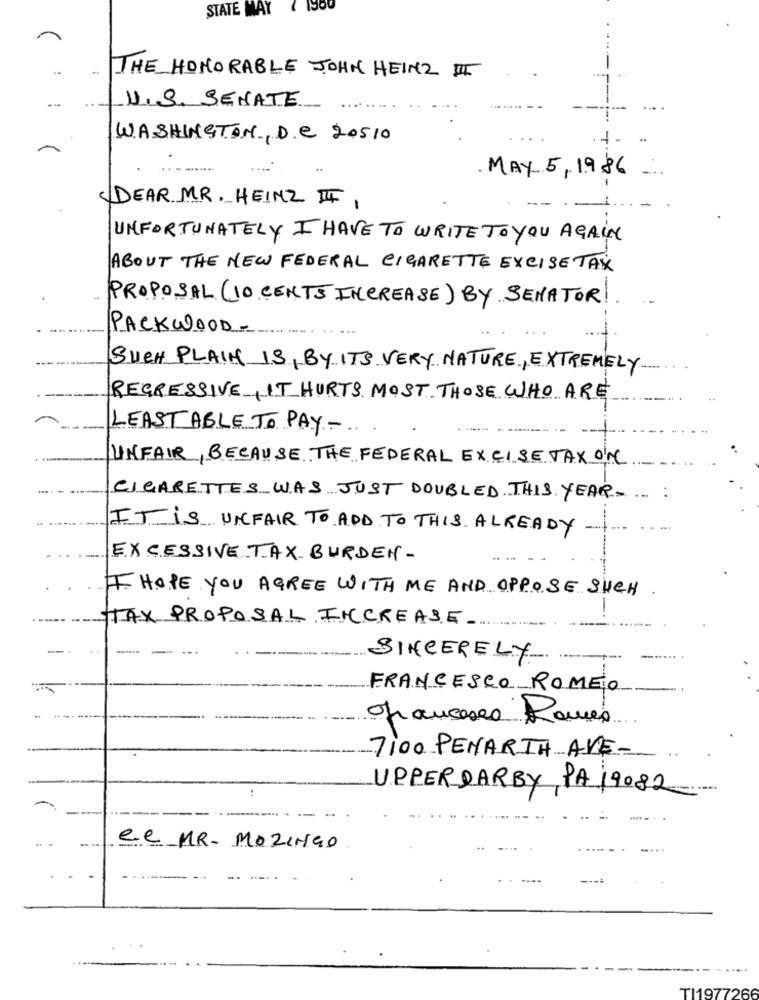
STATE MAY
THE HONORABLE JOHN HEINZ III
U.S. SENATE
WASHINGTON, DC 20510
MAY 5,1986
DEAR MR. HEINZ I,
UNFORTUNATELY I HAVE TO WRITE TO YOU AGAIN
ABOUT THE NEW FEDERAL CIGARETTE EXCISE TAX
PROPOSAL (10 CENTS INCREASE) BY SENATOR!
PACKWOOD-
SUCH PLAIN IS, BY ITS VERY NATURE, EXTREMELY
REGRESSIVE, IT HURTS MOST THOSE WHO ARE
LEAST ABLE TO PAY -...
UNFAIR, BECAUSE THE FEDERAL EXCISE TAX ON
CIGARETTES WAS JUST DOUBLED THIS YEAR ... .
IT Is UNFAIR TO ADD TO THIS ALREADY ..
EXCESSIVE TAX BURDEN-
I HOPE YOU AGREE WITH ME AND OPPOSE SUCH
TAX PROPOSAL INCREASE.
SINCERELY
FRANCESCO ROMEO
-
ofranceses Roues
7100 PENARTH AVE-
UPPER DARBY PA 19082
el MR. MOZINGO